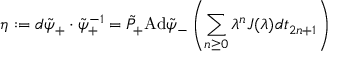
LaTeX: \eta : = d \tilde { \psi } _ { + } \cdot \tilde { \psi } _ { + } ^ { - 1 } = \tilde { P } _ { + } \mathrm { A d } \tilde { \psi } _ { - } \left( \sum _ { n \geq 0 } \lambda ^ { n } J ( \lambda ) d t _ { 2 n + 1 } \right)